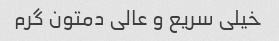
خیلی سریع و عالی دمتون گرم